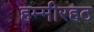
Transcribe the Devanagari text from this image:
हम्मीरहठ